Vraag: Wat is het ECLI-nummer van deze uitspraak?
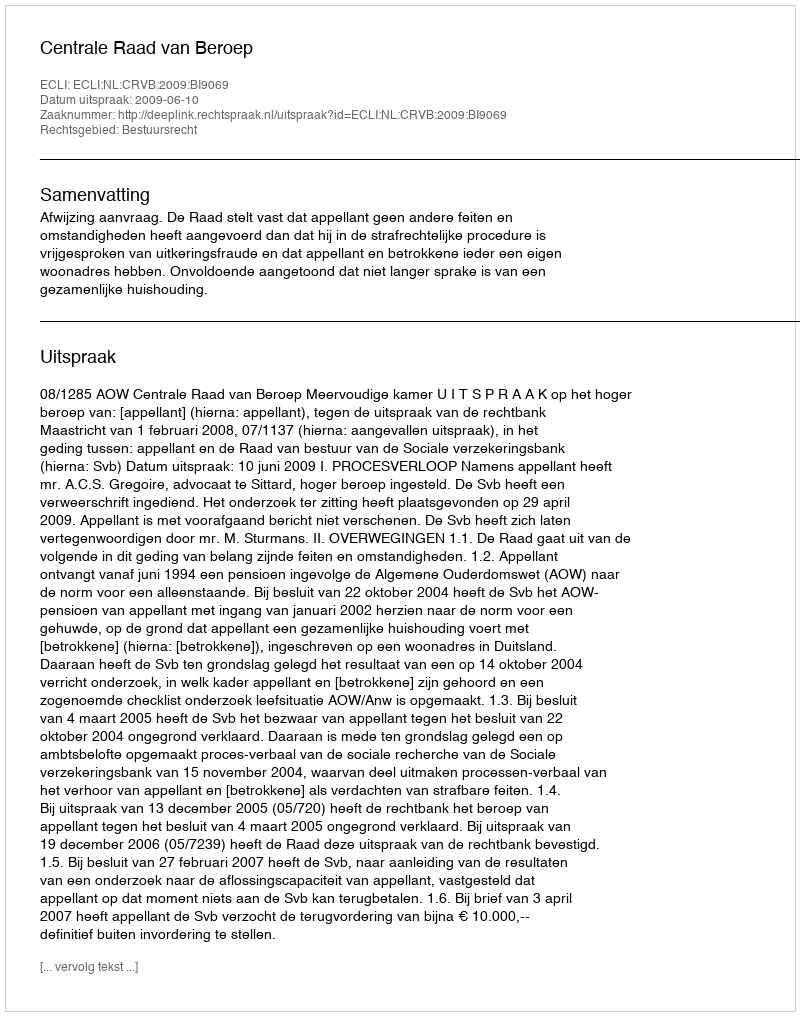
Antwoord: ECLI:NL:CRVB:2009:BI9069